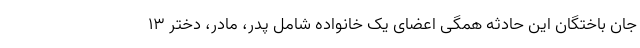
جان باختگان این حادثه همگی اعضای یک خانواده شامل پدر، مادر، دختر ۱۳